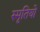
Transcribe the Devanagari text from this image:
स्मृतियो